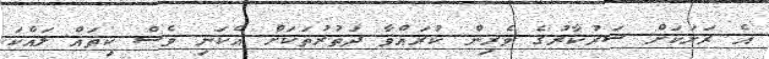
އެ ރަށަކަށް ސަރުކާރުގެ ވެރިން ކުރައްވާ ދަތުރުތަކަށް އެކަނި ވެސް ކިތައް ލައްކަ